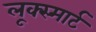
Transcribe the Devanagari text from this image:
लूक्स्मार्ट